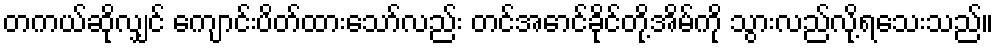
တကယ်ဆိုလျှင် ကျောင်းပိတ်ထားသော်လည်း တင်အောင်ခိုင်တို့အိမ်ကို သွားလည်လို့ရသေးသည်။